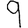
Digit: 9